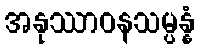
အနုဿာဝနသမ္ပန္နံ